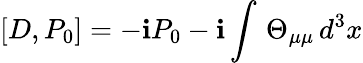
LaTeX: \left[D,P_{0}\right]=-\mathbf{i}P_{0}-\mathbf{i}\int\, \Theta_{\mu\mu}\, d^{3}x